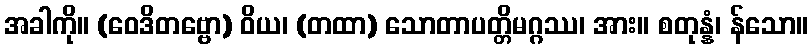
အခါကို။ (ဝေဒိတဗ္ဗော) ဝိယ၊ (တထာ) သောတာပတ္တိမဂ္ဂဿ၊ အား။ စတုန္နံ၊ န်သော။